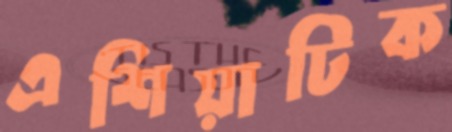
এশিয়াটিক